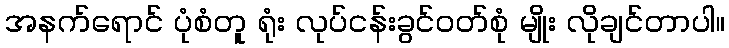
အနက်ရောင် ပုံစံတူ ရုံး လုပ်ငန်းခွင်ဝတ်စုံ မျိုး လိုချင်တာပါ။